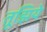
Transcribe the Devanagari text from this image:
तूझिये